Document type: Sale
Year: 1499
Scribe: Joan Martínez de Sòria
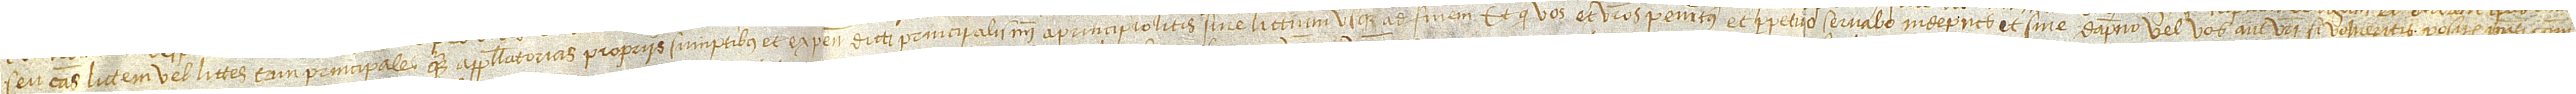
seu causas, littem vel littes, tam principales quam appellatorias, propriis sumptibus et expensis dicti principali mei a principio litis sive littium usque ad finem; et quod vos et vestros penitus et perpetuo servabo indepnes et sine dampno, vel vos aut vestri, si volueritis, positis ipsas causam